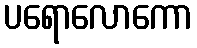
ပရောလောကော